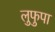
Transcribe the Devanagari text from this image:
लुफुपा